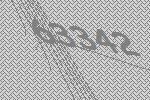
63342